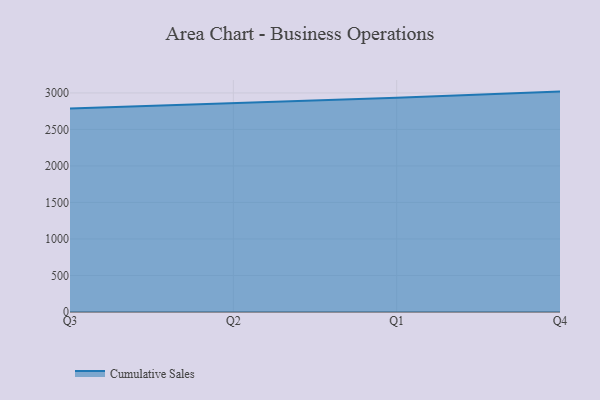
{"axis": {"x": "Quarter", "y": "Demand Index"}, "legend": ["Cumulative Sales"], "data": [{"x": "Q3", "y": 2786.7, "type": "Cumulative Sales"}, {"x": "Q2", "y": 2859.7, "type": "Cumulative Sales"}, {"x": "Q1", "y": 2935.1, "type": "Cumulative Sales"}, {"x": "Q4", "y": 3018.2, "type": "Cumulative Sales"}]}